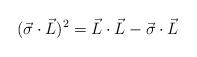
LaTeX: \begin{align*}(\vec{\sigma} \cdot \vec{L})^{2} = \vec{L} \cdot \vec{L}-\vec{\sigma} \cdot \vec{L}\end{align*}